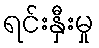
ရင်းနှီးမှု